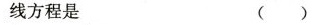
线方程是 ()